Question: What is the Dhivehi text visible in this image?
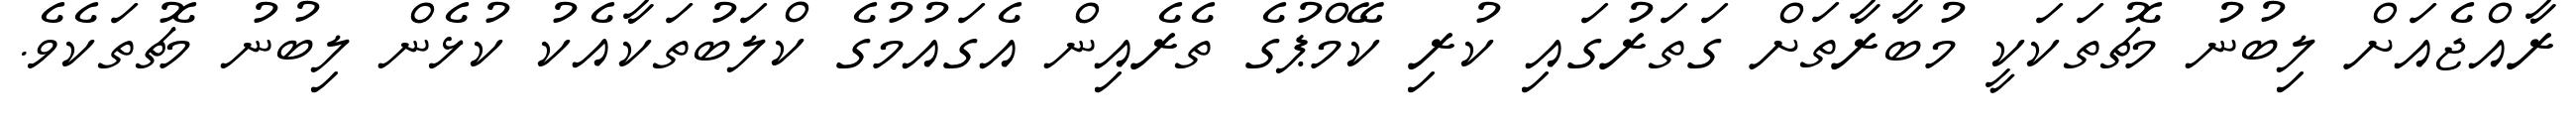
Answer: ރާއްޖެއަށް ލިބުނު މެޗުތަކަކީ މުބާރާތަށް ގަތަރުގައި ކުރި ކޭމްޕުގެ ތެރެއިން އެގައުމުގެ ކްލަބުތަކާއެކު ކުޅެން ލިބުނު މެޗުތަކެވެ.